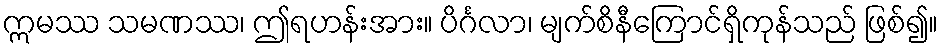
ဣမဿ သမဏဿ၊ ဤရဟန်းအား။ ပိင်္ဂလာ၊ မျက်စိနီကြောင်ရှိကုန်သည် ဖြစ်၍။